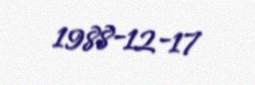
1988-12-17